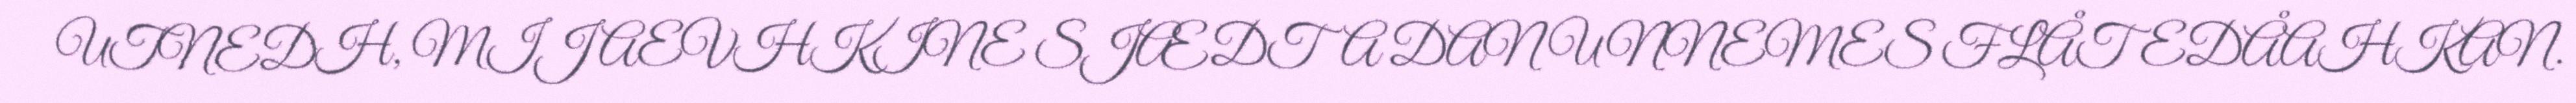
UTNEDH, MIJ AEVHKINE SJÆDTA DAN UNNEMES FLÅTEDÅAHKAN.